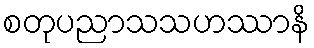
စတုပညာသသဟဿာနိ